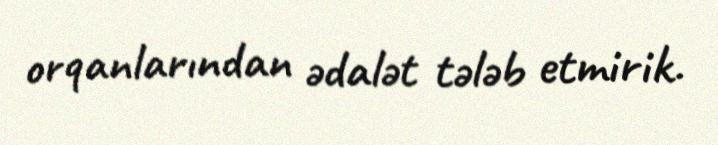
orqanlarından ədalət tələb etmirik.